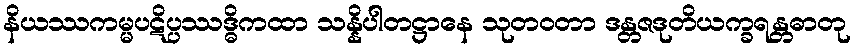
နိယဿကမ္မပဋိပ္ပဿဒ္ဓိကထာ သန္နိပါတဋ္ဌာနေ သုတဝတာ ဒန္တဇဒုတိယက္ခရန္တဓာတု